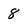
Character: 8